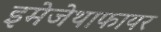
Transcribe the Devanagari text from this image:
इमेजेथाफायर